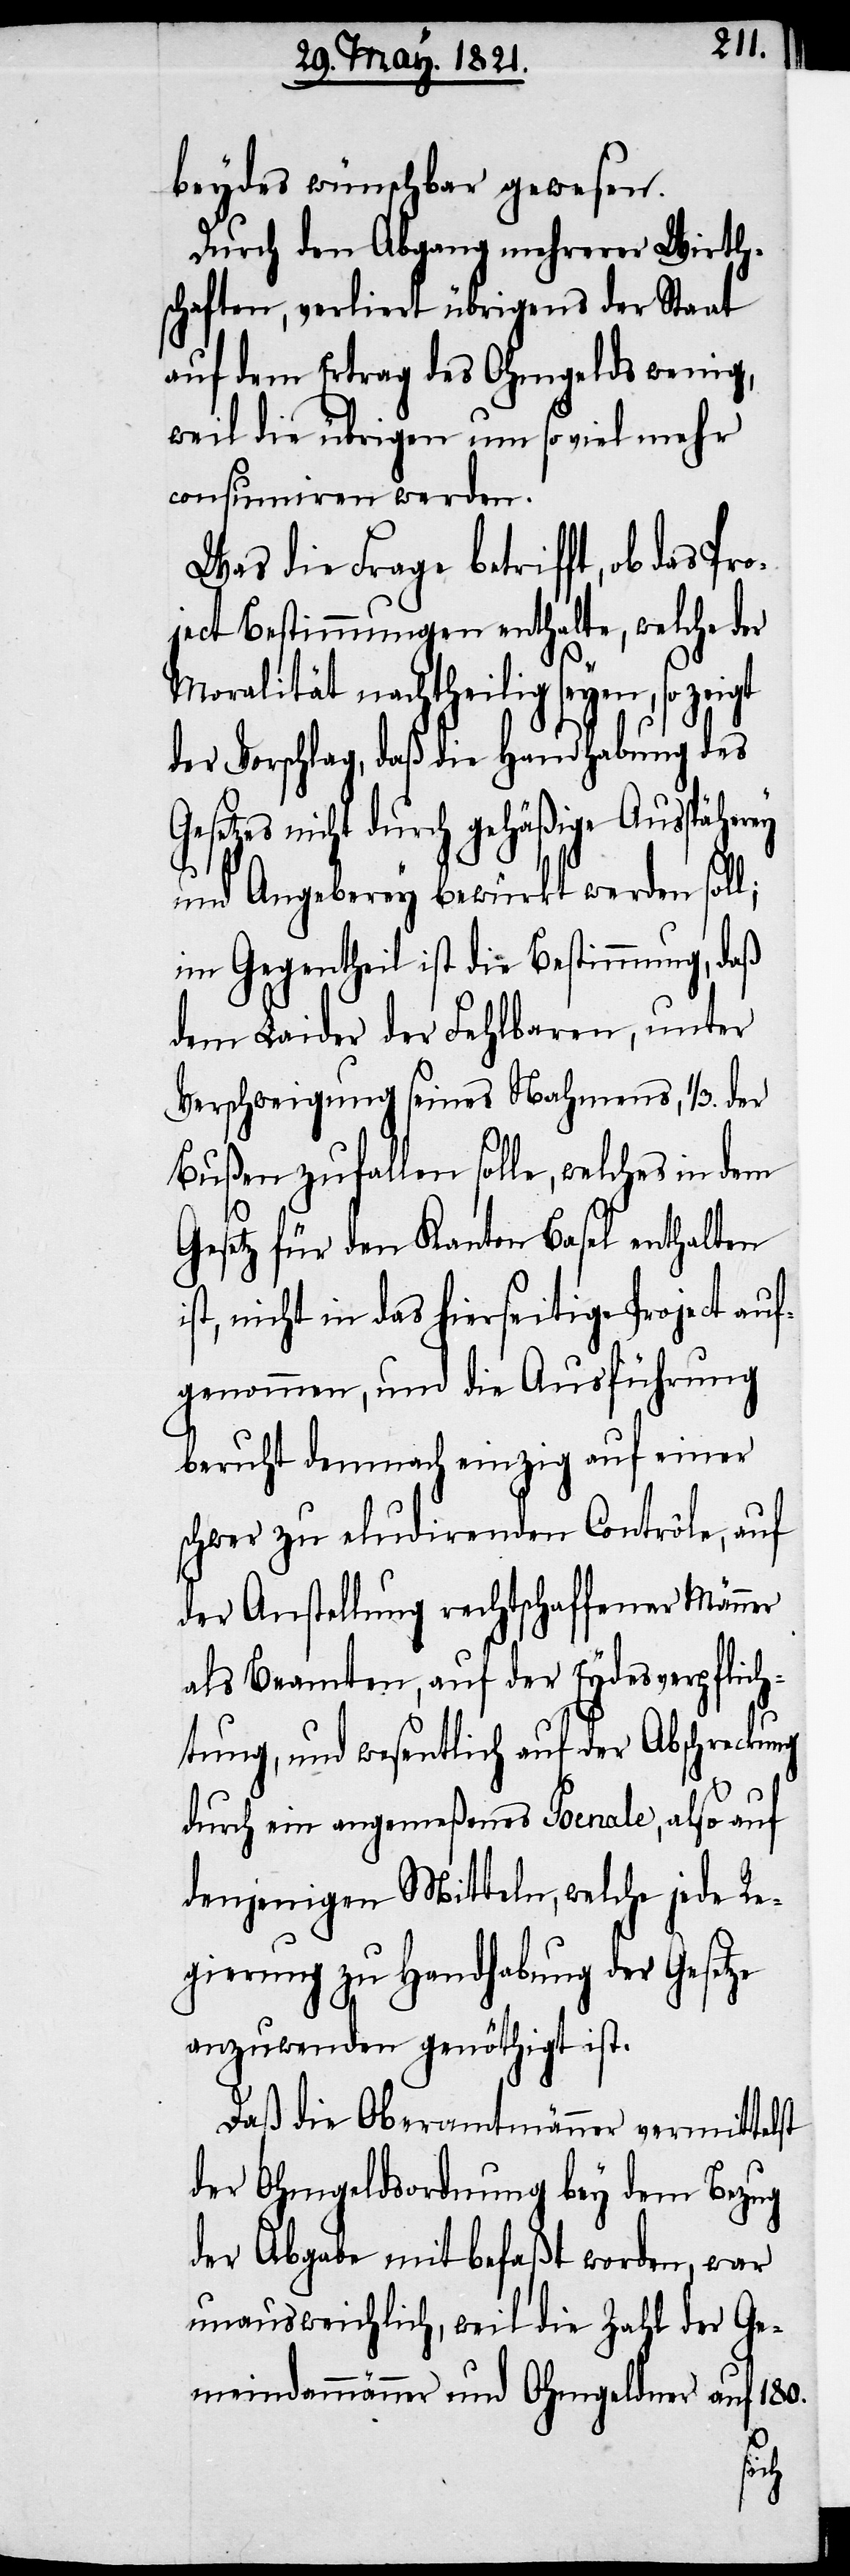
beydes wünschbar gewesen.
Durch den Abgang mehrerer Wirth¬
schaften, verliert übrigens der Staat
auf dem Ertrag des Ohmgelds wenig,
weil die übrigen um so viel mehr
consumiren werden.
Was die Frage betrifft, ob das Pro¬
ject Bestimmungen enthalte, welche der
Moralität nachtheilig seyen, so zeigt
der Vorschlag, daß die Handhabung des
Gesetzes nicht durch gehäßige Ausspäherey
und Angeberey bewirkt werden soll;
im Gegentheil ist die Bestimmung, daß
dem Laider der Fehlbaren, unter
Verschweigung seines Nahmens, 1/3. der
Gesetz für den Kanton Basel enthalten
ist, nicht in das hierseitige auf¬
genommen, und die Ausführung
beruht demnach einzig auf einer
schwer zu eludirenden Contrôle, auf
der Anstellung rechtschaffener Männer
als Beamten, auf der Eydsverpflich¬
tung, und wesentlich auf der Abschreckung
durch ein angemeßenes Poenale, also auf
denjenigen Mitteln, welche jede Re¬
gierung zu Handhabung der Gesetze
anzuwenden genöthigt ist.
Daß die Oberamtmänner vermittelst
der Ohmgeldsordnung bey dem Bezug
der Abgabe mit befaßt worden, war
unausweichlich, weil die Zahl der Ge¬
meindammänner und Ohmgeldner auf 180.